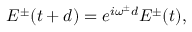
E ^ { \pm } ( t + d ) = e ^ { i \omega ^ { \pm } d } E ^ { \pm } ( t ) ,